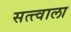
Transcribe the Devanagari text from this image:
सत्त्वाला